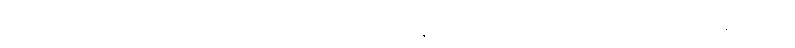
ဣမေအဋ္ဌပုဂ္ဂလာ၊ ဤရှစ်ယောက်သောပုဂ္ဂိုလ်တို့ကို။ မန္တိတံ၊ တိုင်ပင်အပ်သည်ရှိသော်။ အတ္ထံ၊ အကျိုးကို။